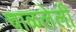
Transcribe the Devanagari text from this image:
चाळलेली